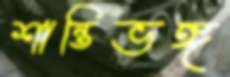
শান্তিভঙ্গ